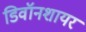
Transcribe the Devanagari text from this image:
डिवॉनशायर